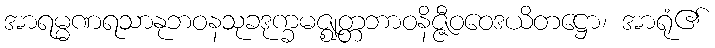
အာရမ္မဏရသာနုဘဝနသုခဒုက္ခမဇ္ဈတ္တဘာဝနိဇ္ဇီဝဝေဒယိတဋ္ဌော၊ အာရုံ၏